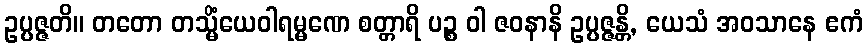
ဥပ္ပဇ္ဇတိ။ တတော တသ္မိံယေဝါရမ္မဏေ စတ္တာရိ ပဉ္စ ဝါ ဇဝနာနိ ဥပ္ပဇ္ဇန္တိ, ယေသံ အဝသာနေ ဧကံ